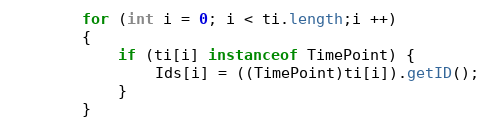
Language: Java
		for (int i = 0; i < ti.length;i ++)
		{
			if (ti[i] instanceof TimePoint) {
				Ids[i] = ((TimePoint)ti[i]).getID();
			}
		}